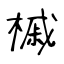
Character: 槭